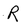
Character: R